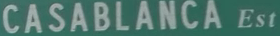
CASABLANCA Est